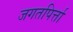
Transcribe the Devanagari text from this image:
जगतपिर्त्ता